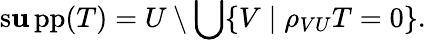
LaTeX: \operatorname{s\mathbf{u}pp}(T)=U\setminus\bigcup\{ V\mid\rho_{VU}T=0\} .